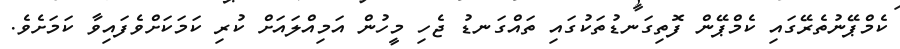
ކެމްޕޭނުތެރޭގައި ކެމްޕޭން ފޮތިގަނޑުތަކުގައި ތައްގަނޑު ޖެހި މީހުން އަމިއްލައަށް ކުރި ކަމަކަށްވެފައިވާ ކަމަށެވެ.